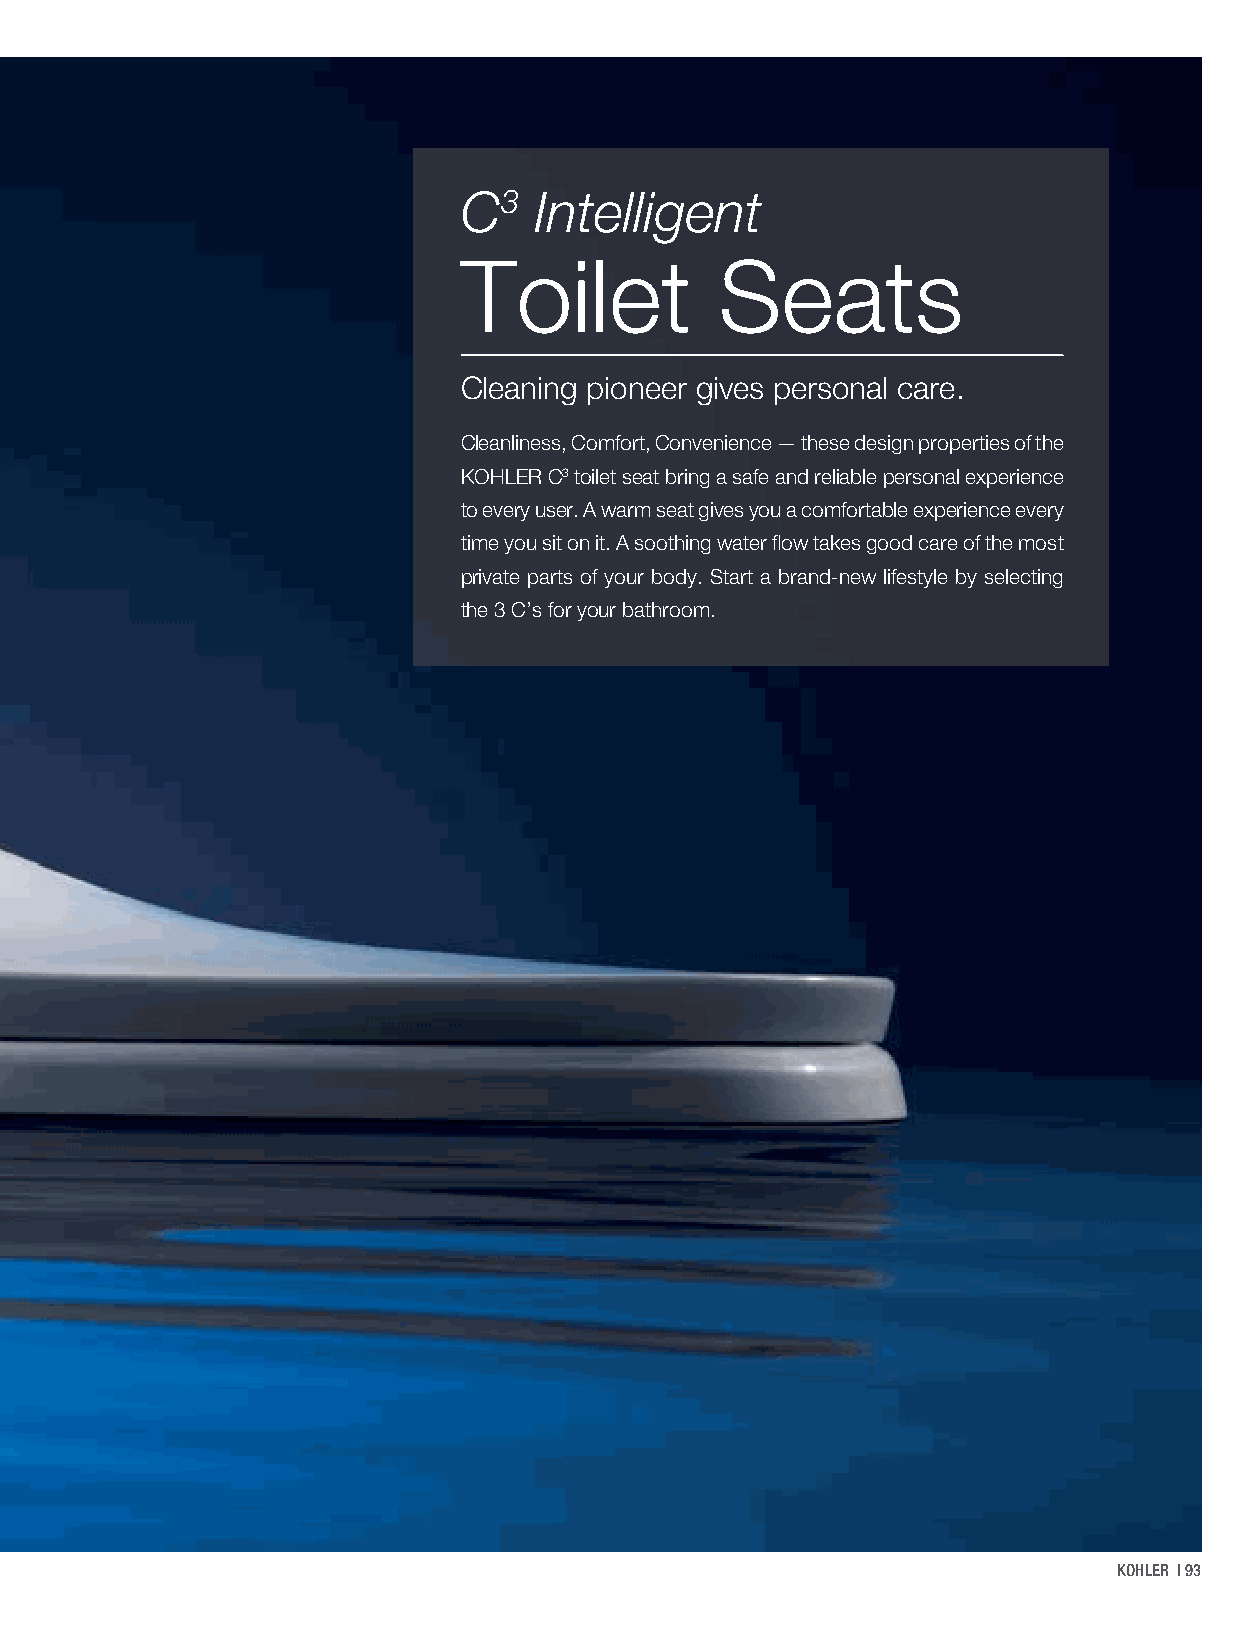
C3   Intelligent
 Toilet            Seats
 Cleaning pioneer gives personal care.
 Cleanliness, Comfort, Convenience — these design properties of the
 KOHLER C3 toilet seat bring a safe and reliable personal experience
 to every user. A warm seat gives you a comfortable experience every
 time you sit on it. A soothing water flow takes good care of the most
 private parts of your body. Start a brand-new lifestyle by selecting
 the 3 C’s for your bathroom.
 KOHLER | 93